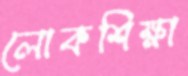
লোকশিক্ষা